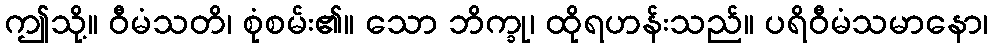
ဤသို့။ ဝီမံသတိ၊ စုံစမ်း၏။ သော ဘိက္ခု၊ ထိုရဟန်းသည်။ ပရိဝီမံသမာနော၊